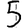
Digit: 5